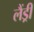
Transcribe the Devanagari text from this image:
लैंड्री